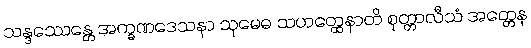
သန္ဒဿေန္တေ အက္ခဏဒေသနာ သုမေဓ သဟတ္ထေနာတိ စုတ္တာလီသံ အတ္တေန